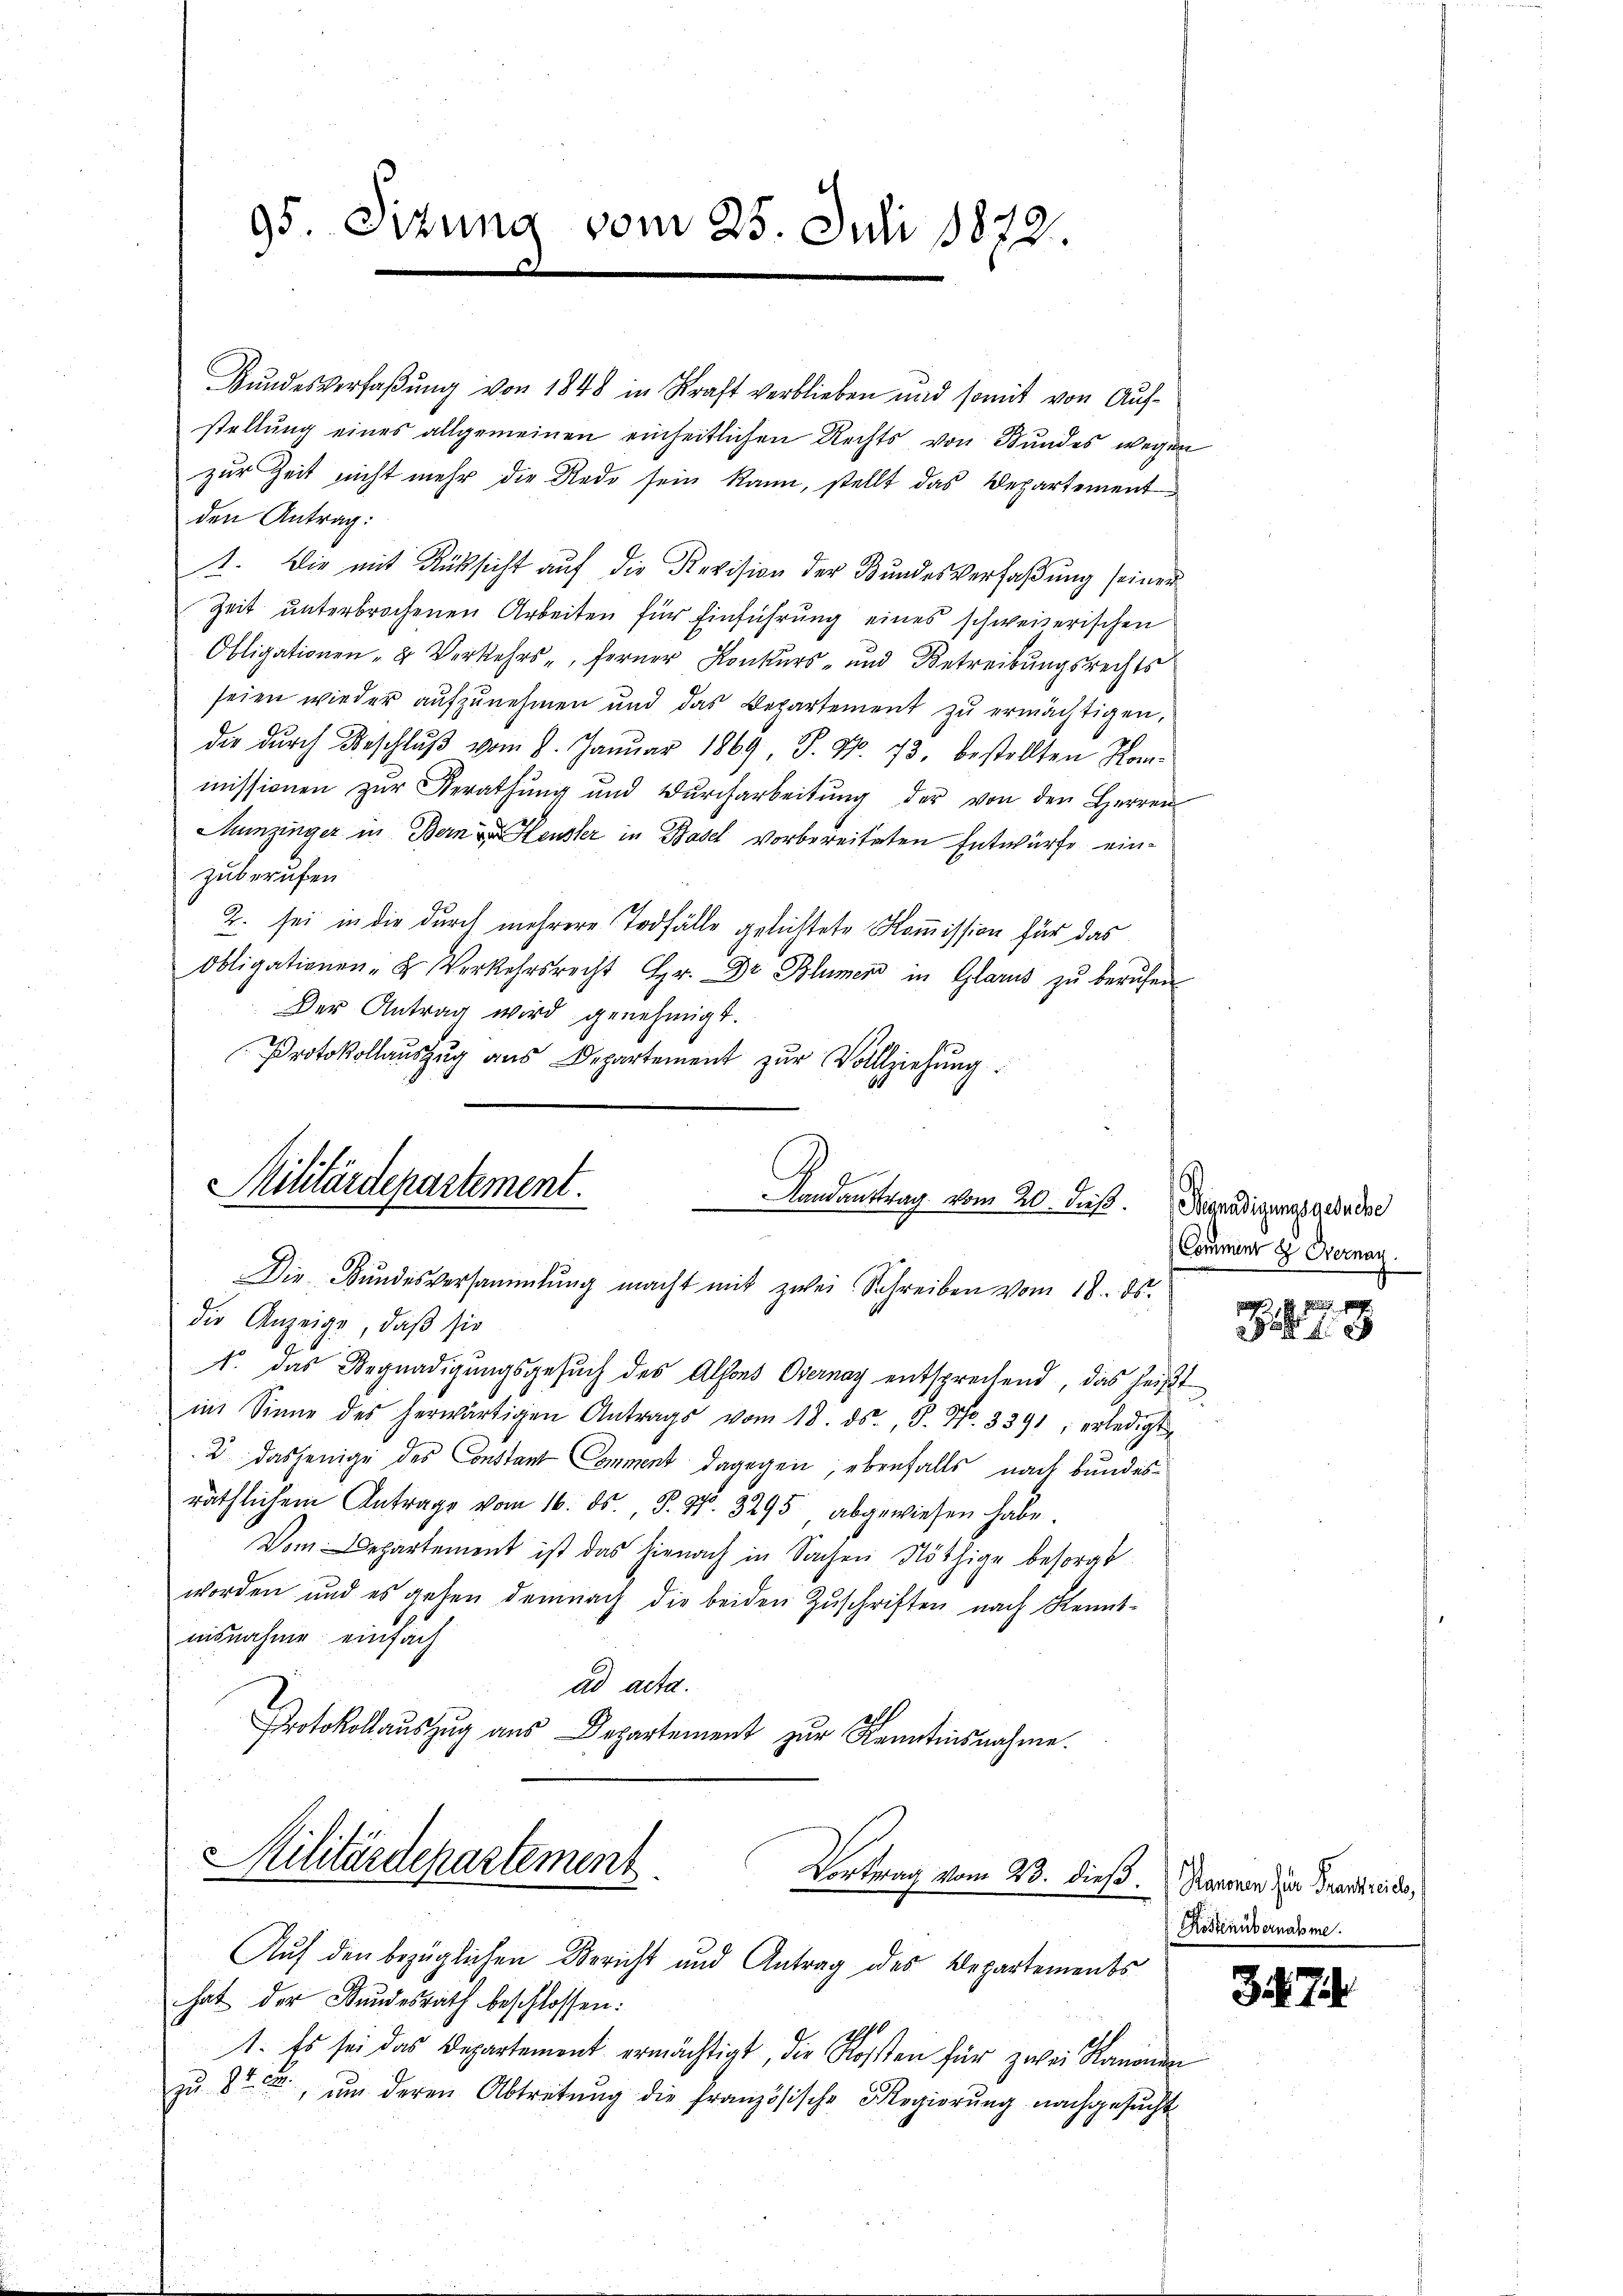
95. Sizung vom 25. Juli 1872.

Bundesverfaßung von 1848 in Kraft verblieben und somit von Aufstellung eines allgemeinen einheitlichen Rechts von Bundes wegen
zur Zeit nicht mehr die Rede sein kann, stellt das Departement
den Antrag:
1. Die mit Rücksicht auf die Revision der Bundesverfaßung seinen
Zeit unterbrochenen Arbeiten für Einführung eines schweizerischen
Obligationen- & Verkehrs-, ferner Konkurs- und Betreibungsrechts
seien wieder aufzunehmen und das Departement zŭ ermächtigen,
die dŭrch Beschlŭβ vom 8. Januar 1869, S. Nr. 73. bestellten Kommissionen zŭr Berathŭng und Dŭrcharbeitŭng der von den Herren
Munzinger in Bern Heusler in Basel vorbereiteten Entwurfe einzuberufen
Z. sei in die durch mehrere Todfälle gelichtete Kommission für das
Obligationen- u. Verkehrsrecht Hr. Dr. Blümer in Glarus zu berufen
Der Antrag wird genehmigt.
Protokollaŭszŭg aŭs Departement zŭr Vollziehŭng:

Militärdepartement. Landantrag vom 20. Fuß.
Die Bŭndesversammlung macht mit zwei Schreiben vom 18. ds.

die Anzeige, daß sie
1. Das Begnadigungsgesuch des Alsons Obernay entsprechend, das heißt
im Sinne des herwärtigen Antrags vom 18. ds., 8. No. 3391, erledigt
2 dasjenige des Constant Comment dagegen; ebenfalls nach Bundesräthlichem Antrage vom 16. ds. P. 97. 3295 abgewiesen habe.
Vom Departement ist das hienach in Sachen Nöthige besorgt
worden und es gehen demnach die beiden Zuschriften nach Kenntaisnahme einfach
ad acta.
Protokollaŭszŭg aŭs Departement zur Kenntnisnahme.
Militärdepartement. Vortrag vom 23. dieß. Namen in Brautende,

Auf den bezüglichen Bericht und Antrag des Departements

hat der Bundesrath beschlossen:
1. Es sei das Departement ermächtigt, die Kosten für zwei Kanonen
zu 8t ŭm deren Abtretŭng die französische Regierŭng nachgesucht

Begnadigungsgesuche
Commenr 8 Overnan

Z. 78

Kostenübernahme.

35. 74.